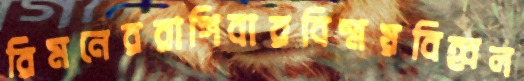
রিমনেররাগিবারবিস্ময়বিহ্বল